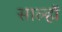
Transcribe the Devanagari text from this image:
साल्हों